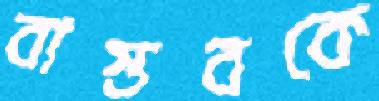
বাস্তবকে